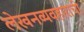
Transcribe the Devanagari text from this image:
लेखनव्यवहाराची